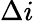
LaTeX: \Delta i